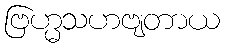
ဗြဟ္မသဟဗျတာယ